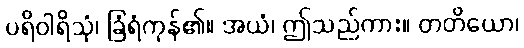
ပရိဝါရိသုံ၊ ခြံရံကုန်၏။ အယံ၊ ဤသည်ကား။ တတိယော၊